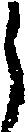
う